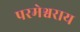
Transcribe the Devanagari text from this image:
परमेश्वराय